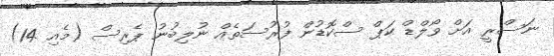
ނަސްރީ އަށް ވޯލްޑް ކަޕް ސްކޮޑުން ފުރުސަތެއް ނުލިބުނު ޕެރިސް (މެއި 14)